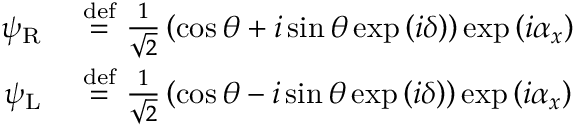
{ \begin{array} { r l } { \psi _ { \mathrm { R } } ~ } & { { \stackrel { \mathrm { d e f } } { = } } ~ { \frac { 1 } { \sqrt { 2 } } } \left( \cos \theta + i \sin \theta \exp \left( i \delta \right) \right) \exp \left( i \alpha _ { x } \right) } \\ { \psi _ { \mathrm { L } } ~ } & { { \stackrel { \mathrm { d e f } } { = } } ~ { \frac { 1 } { \sqrt { 2 } } } \left( \cos \theta - i \sin \theta \exp \left( i \delta \right) \right) \exp \left( i \alpha _ { x } \right) } \end{array} }